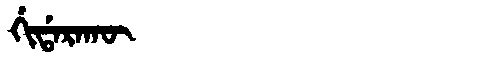
Manchu: ᡤᡳᡩᠠᡵᠠᡴᡡ
Romanization: GIDARAKŪ